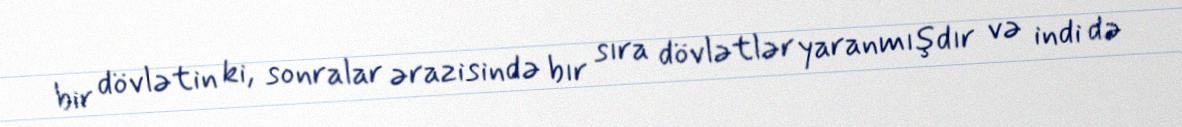
bir dövlətin ki, sonralar ərazisində bır sıra dövlətlər yaranmışdır və indi də